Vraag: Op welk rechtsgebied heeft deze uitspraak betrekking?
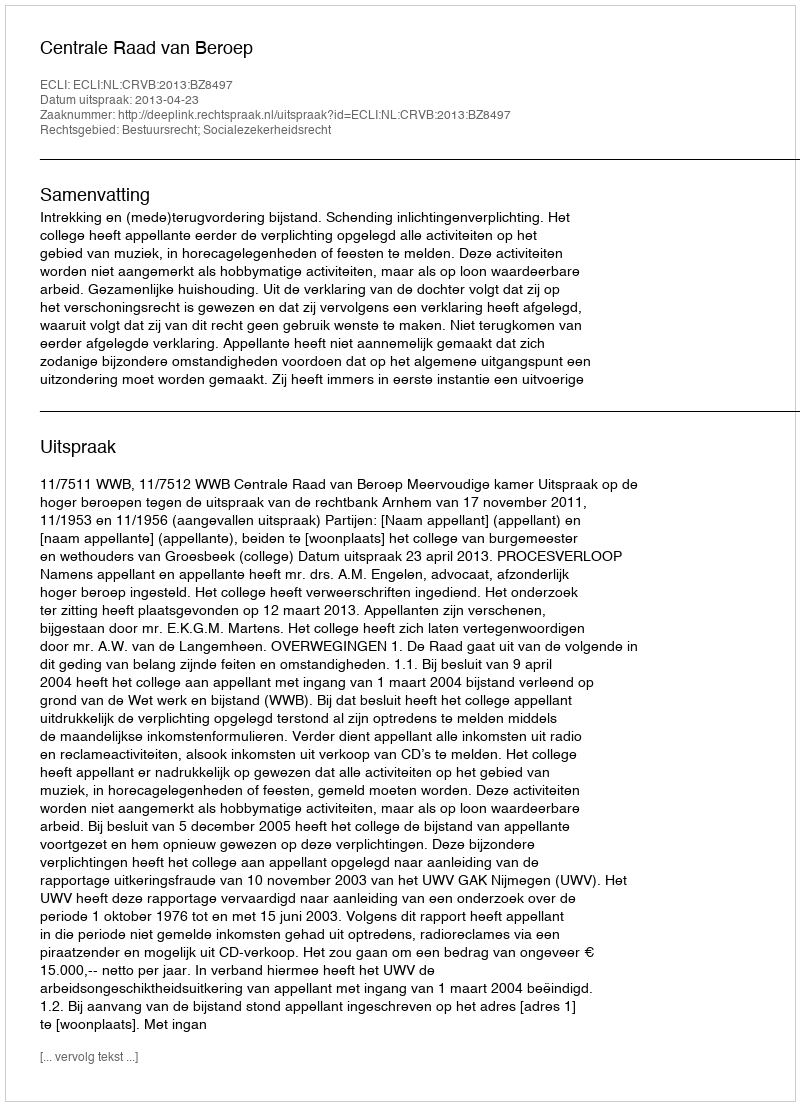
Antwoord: Bestuursrecht; Socialezekerheidsrecht